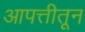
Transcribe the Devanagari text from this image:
आपत्तीतून